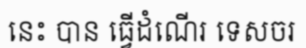
នេះ បាន ធ្វើដំណើរ ទេសចរ